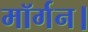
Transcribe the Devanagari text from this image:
मॉर्गन।